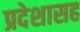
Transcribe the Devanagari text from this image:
प्रदेशासह